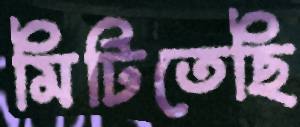
মিটিতেছি